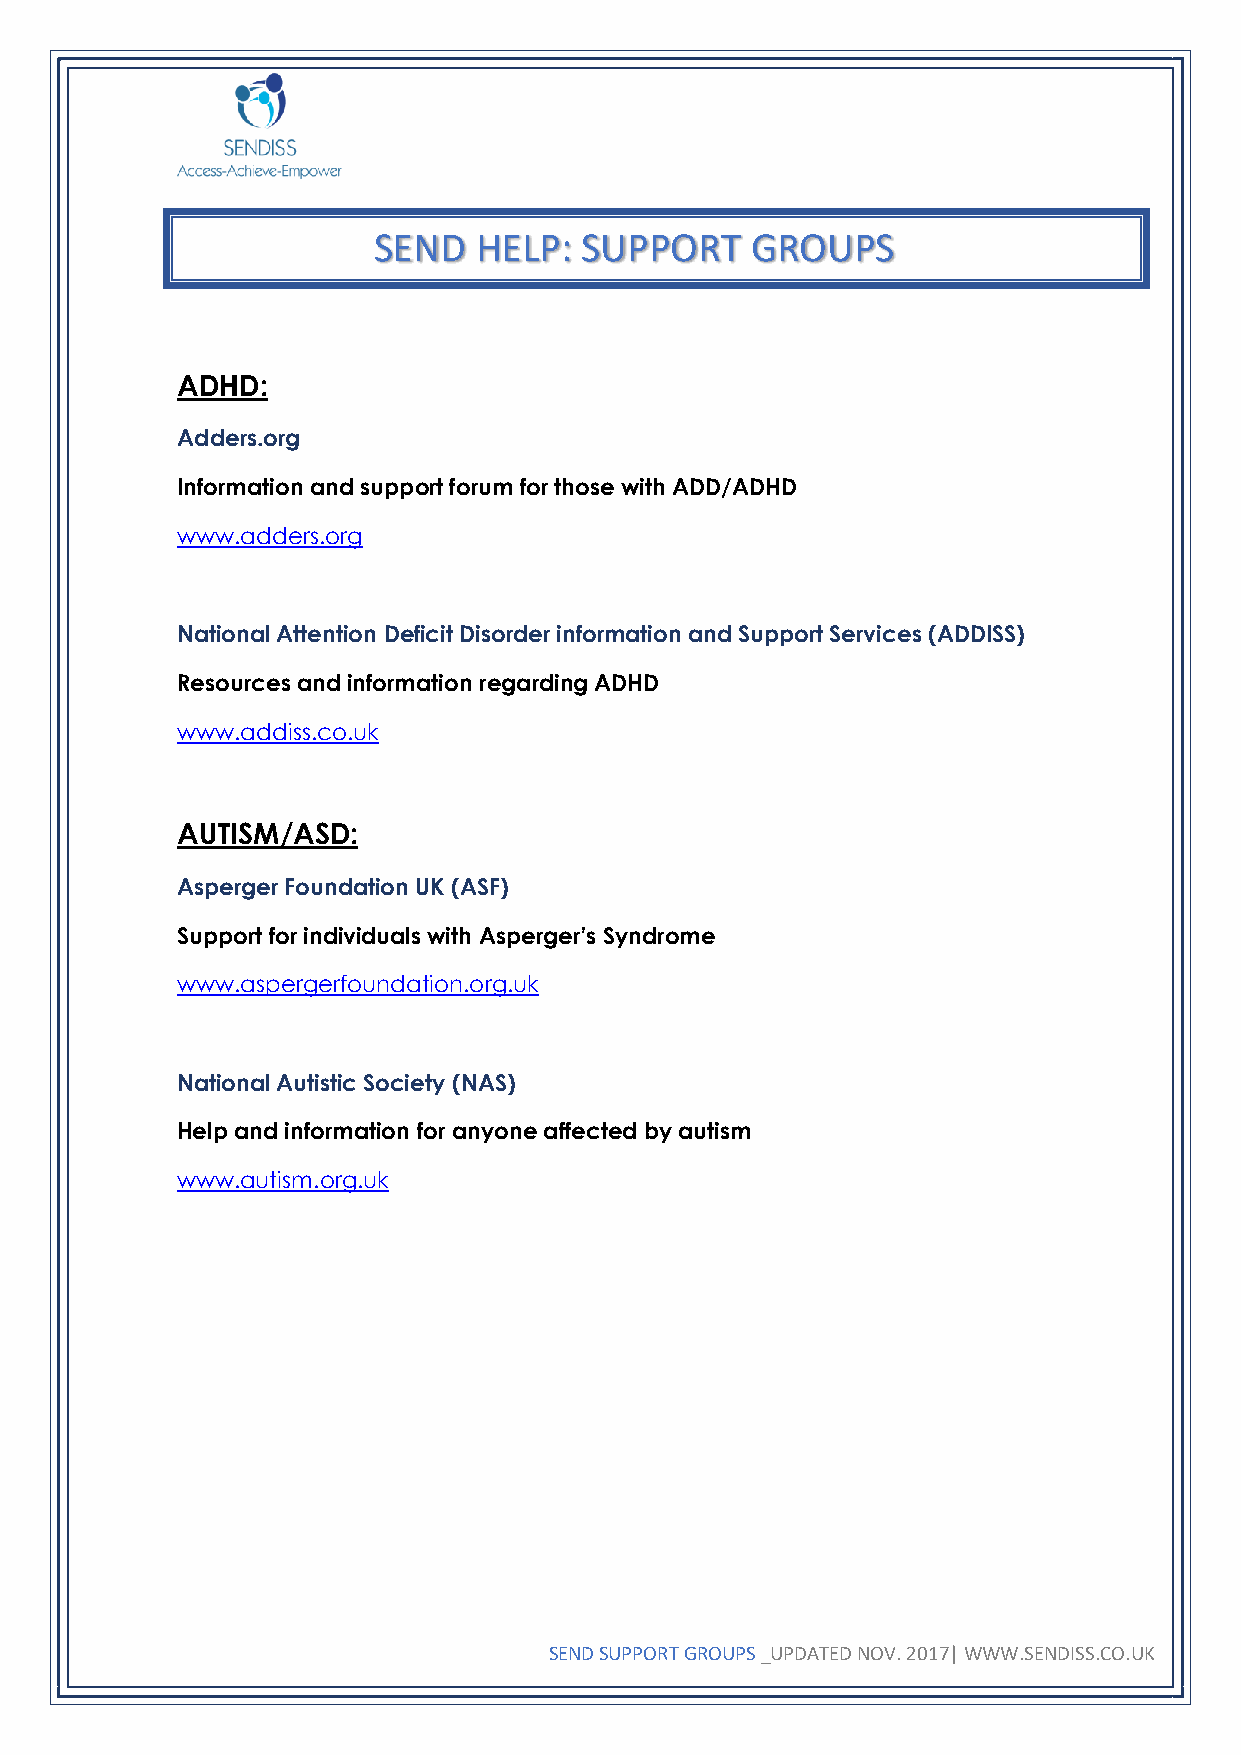
SEND  HELP:  SUPPORT     GROUPS
 ADHD:
 Adders.org
 Information and support forum for those with ADD/ADHD
 www.adders.org
 National Attention Deficit Disorder information and Support Services (ADDISS)
 Resources and information regarding ADHD
 www.addiss.co.uk
 AUTISM/ASD:
 Asperger Foundation UK (ASF)
 Support for individuals with Asperger’s Syndrome
 www.aspergerfoundation.org.uk
 National Autistic Society (NAS)
 Help and information for anyone affected by autism
 www.autism.org.uk
 SEND SUPPORT GROUPS _UPDATED NOV. 2017| WWW.SENDISS.CO.UK